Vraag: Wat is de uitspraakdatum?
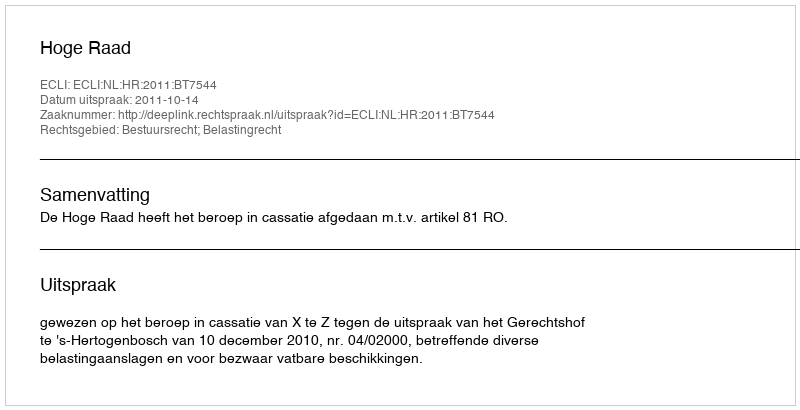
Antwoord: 2011-10-14